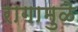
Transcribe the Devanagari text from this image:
रागामुळे